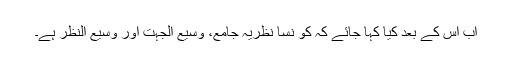
اب اس کے بعد کیا کہا جائے کہ کو نسا نظریہ جامع، وسیع الجہت اور وسیع النظر ہے۔